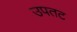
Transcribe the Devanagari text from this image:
उपतट